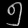
Digit: ၅